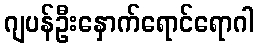
ဂျပန်ဦးနှောက်ရောင်ရောဂါ